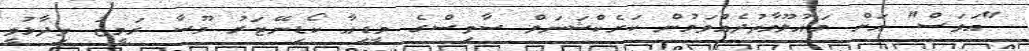
"އަވަސް" އަށް މައުލޫމާތުދެއްވަމުން ކަރެކްޝަނަލް ސާވިސްގެ މީޑިއާ ކޯޑިނޭޓަރު މޫސާ ރަމީޒު ވިދާޅުވީ